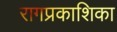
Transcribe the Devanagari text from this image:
रागप्रकाशिका